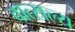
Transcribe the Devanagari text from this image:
वात्‍सल्‍य